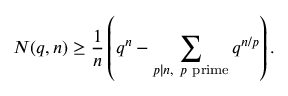
N ( q , n ) \geq { \frac { 1 } { n } } \left( q ^ { n } - \sum _ { p \mid n , \ p { \mathrm { ~ p r i m e } } } q ^ { n / p } \right) .